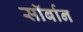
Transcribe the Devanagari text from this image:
सॉर्बान